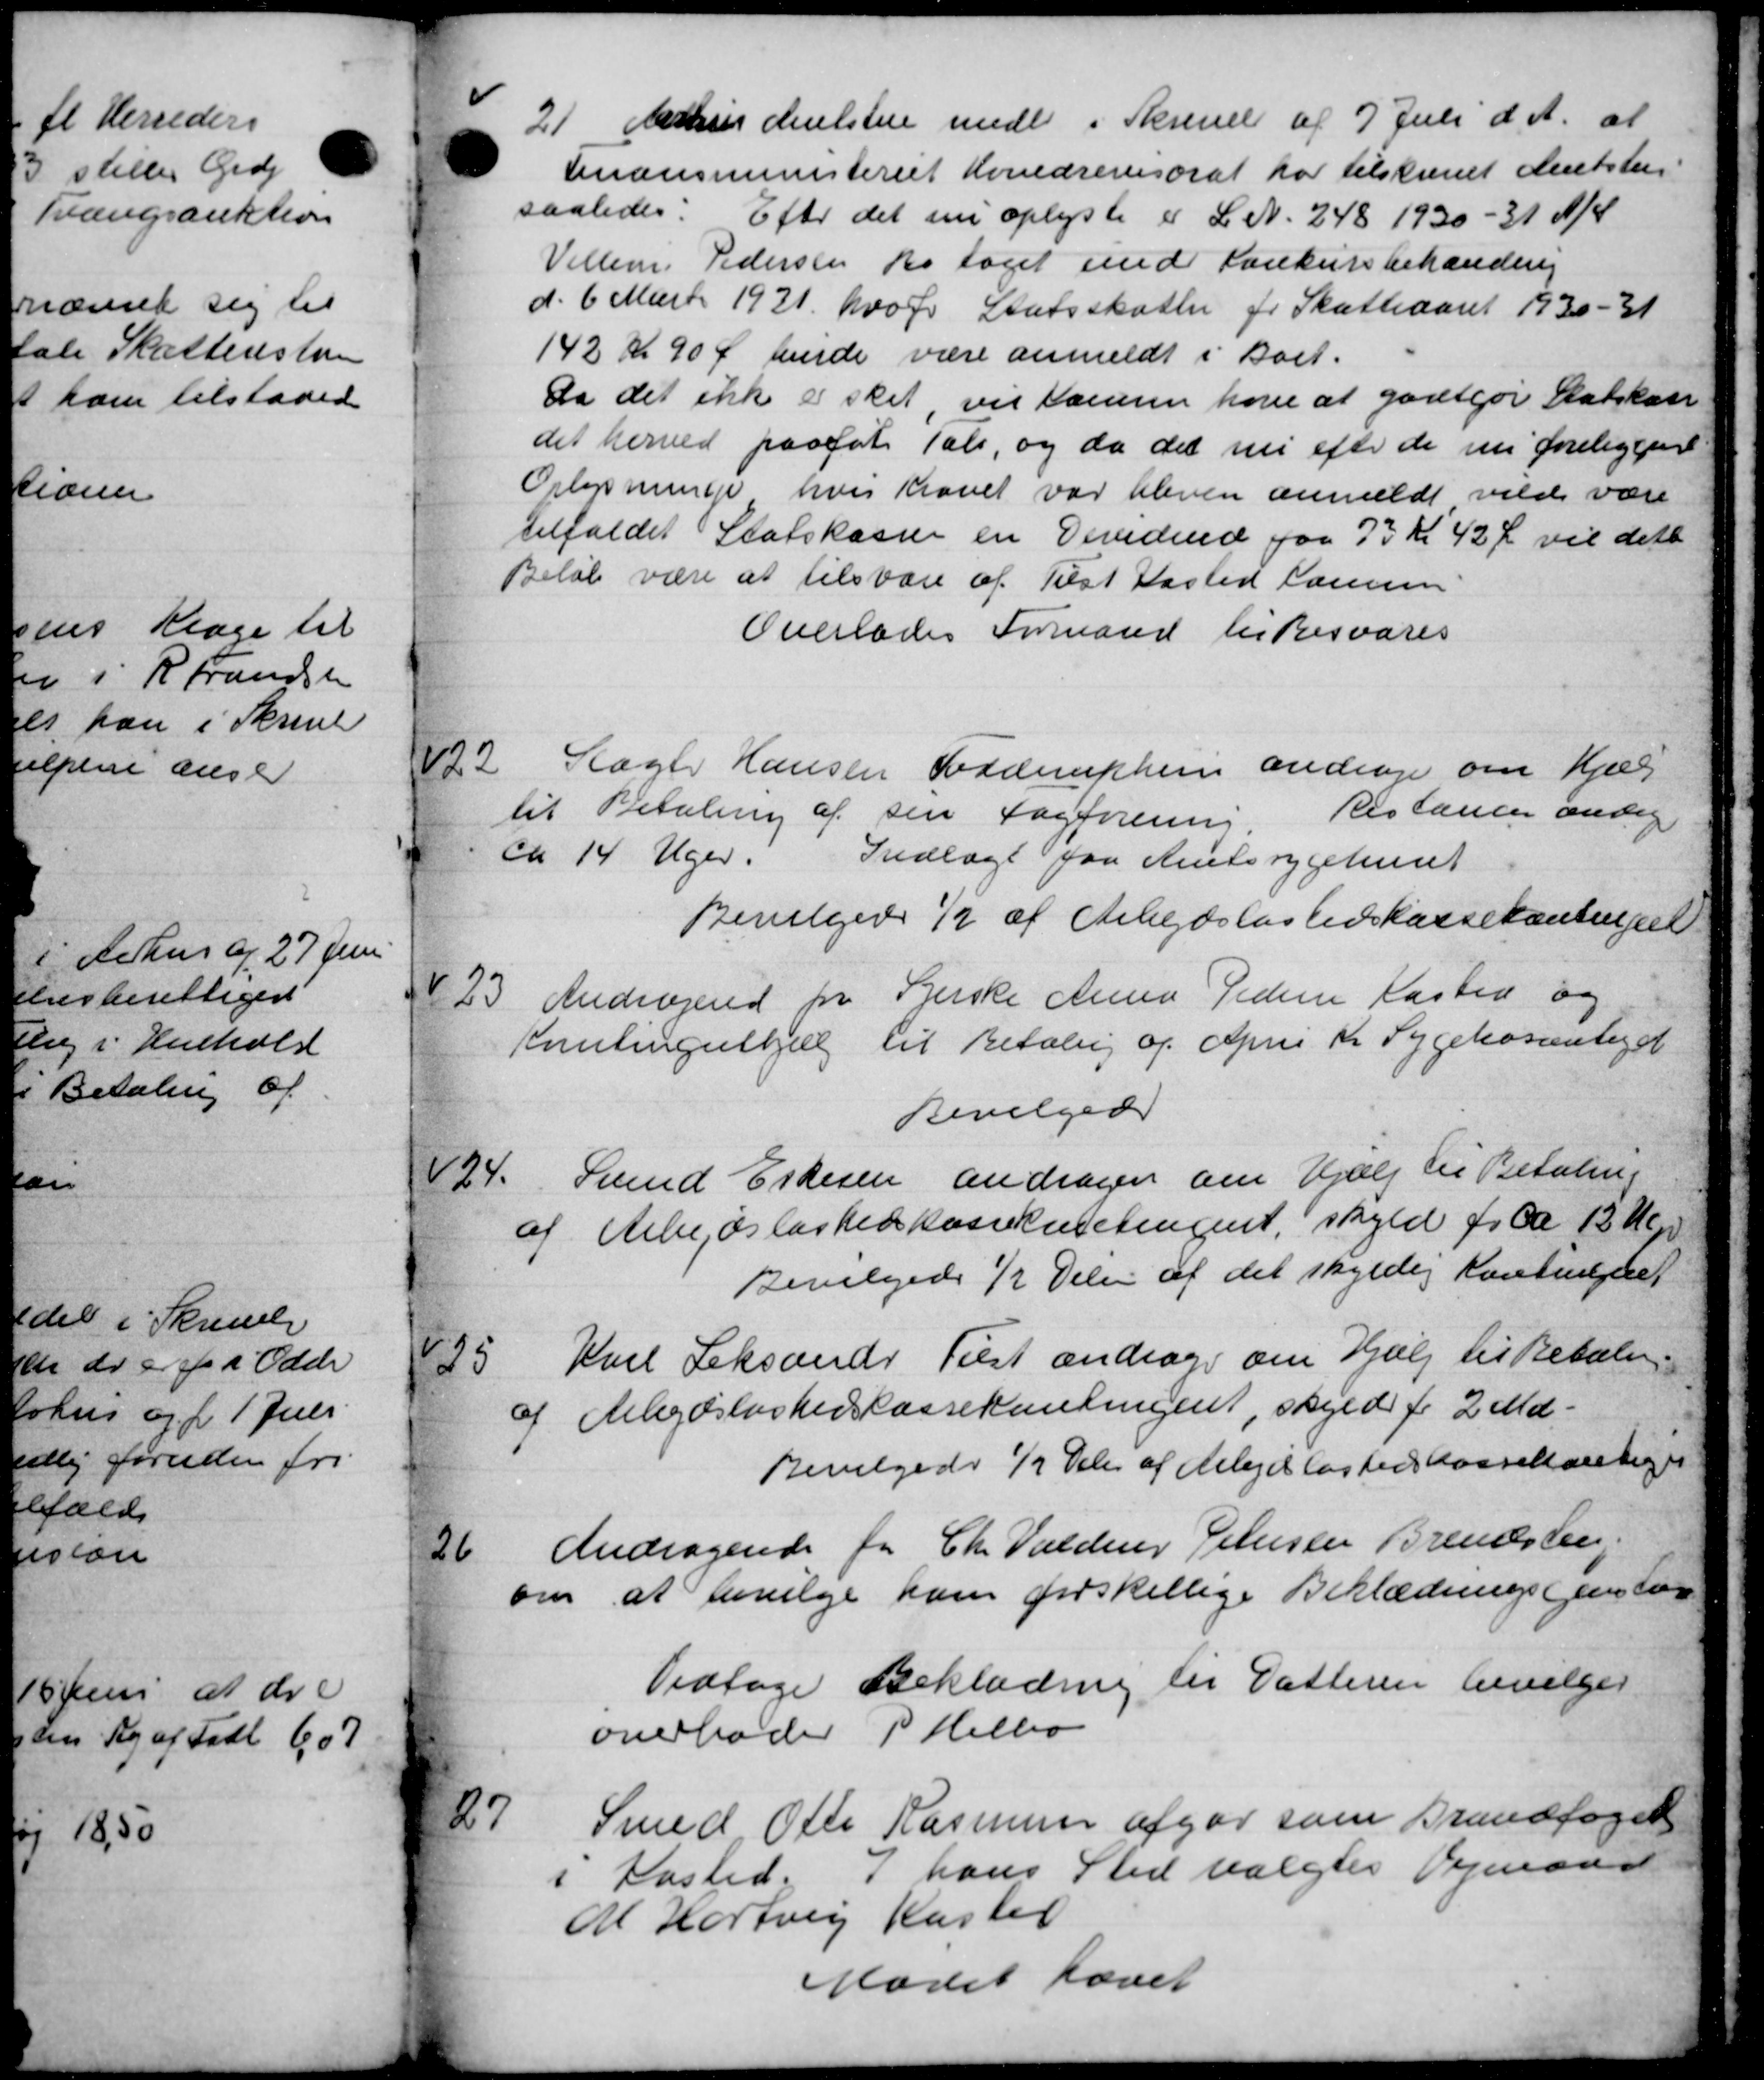
Transskription:
21
Aarhus Melsten medl i Skrivel af 7 Juli d. A. at
Anansministeriet Kondrevisorat har tilskrevet Amtstue
saaledes: Efter det nu oplyste er L. N. 248 1930-31 A/4
Vellem. Pedersen da taget med Konkursbehandling
d. 6 Marts 1921 hvor Statsskatter for Skatteaaret 1930-31
142 Kr 90 Ø hende være anmeldt i Boet.
da det ikke at skat vil sammer have at godtgør Statskass
det herved paafat Tali, og da det nu efter de nu foreliggen
Oplysninger hvis havet var bleven anmeldt vilde være
tilfaldet Statskassen en Devidend paa 75 Kr. 42 Ø vil dette
Beløb være at tilsvare af Tilst Kasted Laursen
Overlades Formand Kirkesvares
9
Slager Hansen Torderuphen andrage om Hjælp
Restancer ændig
til Betaling af sin Fagforening
ca 14 Uger. Indlægt paa Amtssygehuset
Bevilgedes ½ af Arbejdsløshedskassekontinget
23.
Andragende fra Gjerske Anna Pedersen Kasted og
Kontingshjælp til Betaling af April Kr Sygekassenteyd
Bevilgede
24.
Svend Ernesen andrager om Hjælp til Betaling
af Arbejdsløshedskassehusetingent, skyld for ca 12 M
Bevilgedes ½ Delen af det skyldig Kontingent
25
Kvel Seksands Tilst andrager om Hjælp til Betaling
af Arbejdsløshedskassekontingent, skyld for 2 Md.
Bevilgedes ½ Kr. af Arbejdsløshedskassekontiger
26.
Andragende for Chr. Valderer Jensen Brendstrup
om at bevilge ham forskellige Beklædningsgenstan
Vedtage Beklædning til Datteren bevilges
overloder P. Helbo
27
Smed Ole Rasmussen afgør som Brandfoged
Kasted. I hans Sted valgtes Vejmand
M Hortvej Kaster
Mødet hævet